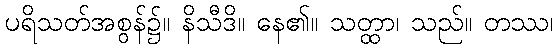
ပရိသတ်အစွန်၌။ နိသီဒိ။ နေ၏။ သတ္ထာ၊ သည်။ တဿ၊